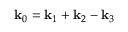
\mathbf { k } _ { 0 } = \mathbf { k } _ { 1 } + \mathbf { k } _ { 2 } - \mathbf { k } _ { 3 }